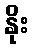
နိုး